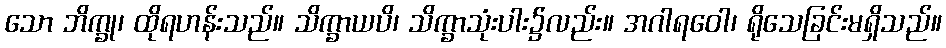
သော ဘိက္ခု၊ ထိုရဟန်းသည်။ သိက္ခာယပိ၊ သိက္ခာသုံးပါး၌လည်း။ အဂါရဝေါ၊ ရိုသေခြင်းမရှိသည်။